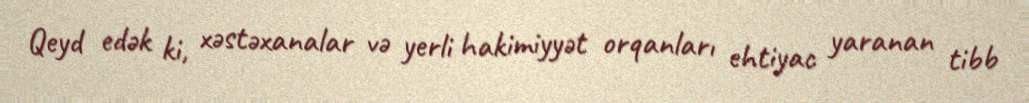
Qeyd edək ki, xəstəxanalar və yerli hakimiyyət orqanları ehtiyac yaranan tibb